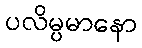
ပလိမ္ပမာနော